Note on the mental hospitals in Burma - 1925-1940
Year: 1925
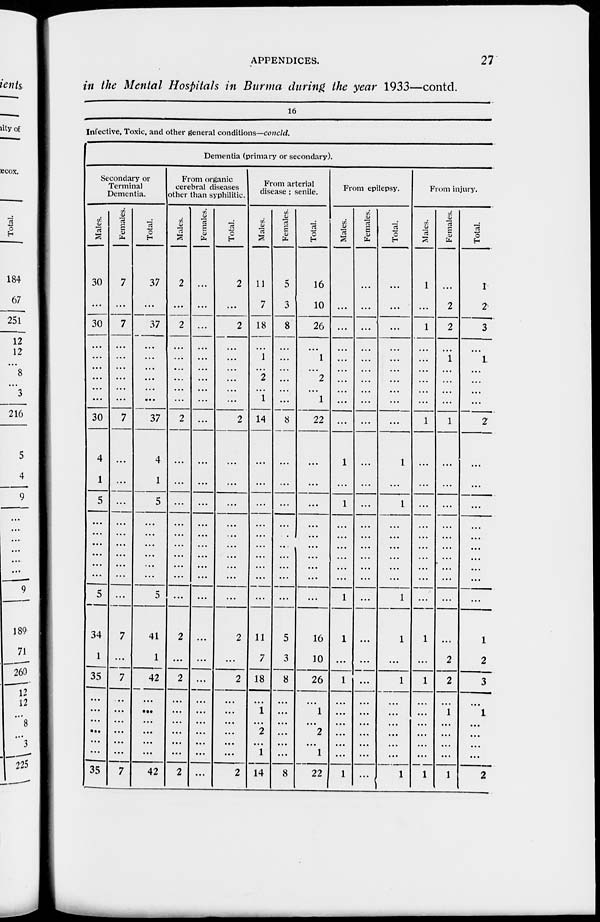
APPENDICES.
27
in the Mental Hospitals in Burma during, the year 1933—contd.
16
Infective, Toxic, and other general conditions—concld.
Dementia (primary or secondary).
Secondary or
Terminal
Dementia.
Males.
30
...
30
...
...
...
...
...
30
4
1
5
...
...
...
...
...
...
5
34
1
35
...
...
...
...
...
...
35
Females.
7
...
7
...
...
...
...
...
7
...
...
...
...
...
...
...
...
...
...
7
...
7
...
...
...
...
...
...
7
Total.
37
...
37
...
...
...
...
...
37
4
1
5
...
...
...
...
...
...
5
41
1
42
...
...
...
...
...
...
42
From organic
cerebral diseases
other than syphilitic.
Males.
2
...
2
...
...
...
...
...
2
...
...
...
...
...
...
...
...
...
...
2
...
2
...
...
...
...
...
...
2
Females.
...
...
...
...
...
...
...
...
...
...
...
...
...
...
...
...
...
...
...
...
...
...
...
...
...
...
...
...
...
Total.
2
...
2
...
...
...
...
...
2
...
...
...
...
...
...
...
...
...
...
2
...
2
...
...
...
...
...
...
2
From arterial
disease ; senile.
Males.
11
7
18
...
1
...
2
1
14
...
...
...
...
...
...
...
...
...
...
11
7
18
...
1
...
2
...
1
14
Females.
5
3
8
...
...
...
...
...
8
...
...
...
...
...
...
...
...
...
...
5
3
8
...
...
...
...
...
...
8
Total.
16
10
26
...
1
...
2
1
22
...
...
...
...
...
...
...
...
...
...
16
10
26
...
1
...
2
...
1
22
From epilepsy.
Males.
...
...
...
...
...
...
...
...
...
1
...
1
...
...
...
...
...
...
1
1
...
1
...
...
...
...
...
...
1
Females.
...
...
...
...
...
...
...
...
...
...
...
...
...
...
...
...
...
...
...
...
...
...
...
...
...
...
...
...
...
Total.
...
...
...
...
...
...
...
...
...
1
...
1
...
...
...
...
...
...
1
1
...
1
...
...
...
...
...
...
1
From injury.
Males.
1
...
1
...
...
...
...
...
1
...
...
...
...
...
...
...
...
...
...
1
...
1
...
...
...
...
...
...
1
Females.
...
2
2
...
1
...
...
...
1
...
...
...
...
...
...
...
...
...
...
...
2
2
...
1
...
...
...
...
1
Total.
1
2
3
...
1
...
...
...
2
...
...
...
...
...
...
...
...
...
...
1
2
3
...
1
...
...
...
...
2